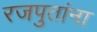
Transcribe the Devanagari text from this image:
रजपुतांना